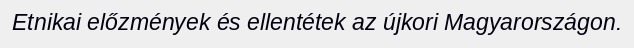
Etnikai előzmények és ellentétek az újkori Magyarországon.